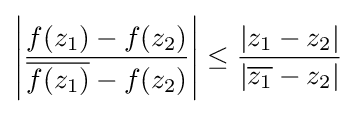
\left|{\frac {f(z_{1})-f(z_{2})}{{\overline {f(z_{1})}}-f(z_{2})}}\right|\leq {\frac {\left|z_{1}-z_{2}\right|}{\left|{\overline {z_{1}}}-z_{2}\right|}}